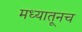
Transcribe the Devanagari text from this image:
मध्यातूनच